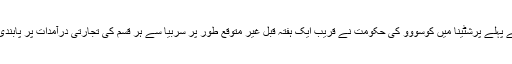
ان سرحدی چوکیوں کی بندش سے پہلے پرشٹینا میں کوسووو کی حکومت نے قریب ایک ہفتہ قبل غیر متوقع طور پر سربیا سے ہر قسم کی تجارتی درآمدات پر پابندی لگانے کا اعلان بھی کر دیا تھا۔